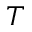
T